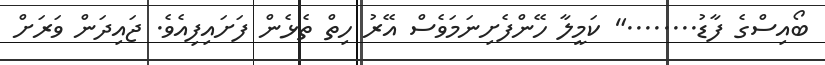
ބޯއިސްގެ ފާޑު........" ކަމީލާ ހޭންފެށިނަމަވެސް އޭރު ހިތް ތެޅެން ފަށައިފިއެވެ. ޖައިދަން ވަރަށް